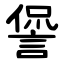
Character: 諐